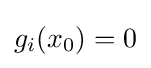
g_{i}(x_{0})=0